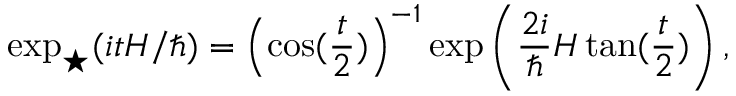
\exp _ { \star } ( i t H / \hbar ) = \left( \cos ( \frac { t } { 2 } ) \right) ^ { - 1 } \exp \left( \frac { 2 i } { \hbar } H \tan ( \frac { t } { 2 } ) \right) ,